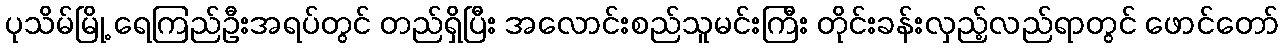
ပုသိမ်မြို့ ရေကြည်ဦးအရပ်တွင် တည်ရှိပြီး အလောင်းစည်သူမင်းကြီး တိုင်းခန်းလှည့်လည်ရာတွင် ဖောင်တော်